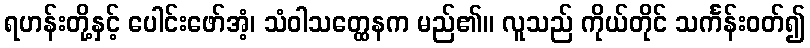
ရဟန်းတို့နှင့် ပေါင်းဖော်အံ့၊ သံဝါသတ္ထေနက မည်၏။ လူသည် ကိုယ်တိုင် သင်္ကန်းဝတ်၍